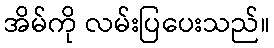
အိမ်ကို လမ်းပြပေးသည်။